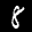
Label: 8